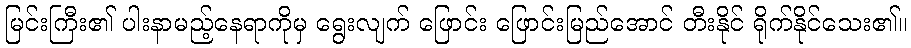
မြင်းကြီး၏ ပါးနာမည့်နေရာကိုမှ ရွေးလျက် ဖြောင်း ဖြောင်းမြည်အောင် တီးနိုင် ရိုက်နိုင်သေး၏။